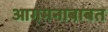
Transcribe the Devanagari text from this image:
आगमनाबाबत